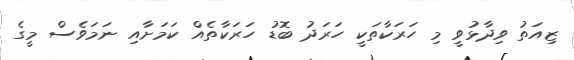
ޒިއަތު ވިދާޅުވީ މި ހަރަކާތަކީ ހަރަދު ބޮޑު ހަރަކާތެއް ކަމަށާއި ނަމަވެސް މީގެ